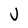
Character: V